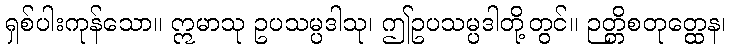
ရှစ်ပါးကုန်သော။ ဣမာသု ဥပသမ္ပဒါသု၊ ဤဥပသမ္ပဒါတို့တွင်။ ဉတ္တိစတုတ္ထေန၊